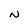
Character: N